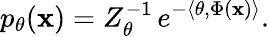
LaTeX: p_{\theta}(\mathbf{x})=Z_{\theta}^{-1}\, e^{-\langle\theta,\Phi(\mathbf{x})\rangle}.